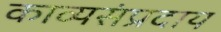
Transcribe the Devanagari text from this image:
काव्यसंप्रदाय